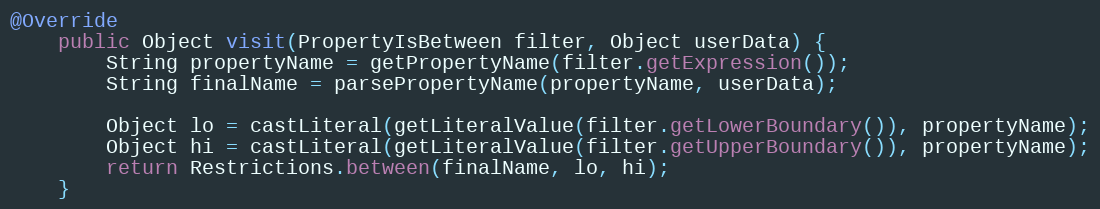
Language: Java
@Override
	public Object visit(PropertyIsBetween filter, Object userData) {
		String propertyName = getPropertyName(filter.getExpression());
		String finalName = parsePropertyName(propertyName, userData);

		Object lo = castLiteral(getLiteralValue(filter.getLowerBoundary()), propertyName);
		Object hi = castLiteral(getLiteralValue(filter.getUpperBoundary()), propertyName);
		return Restrictions.between(finalName, lo, hi);
	}